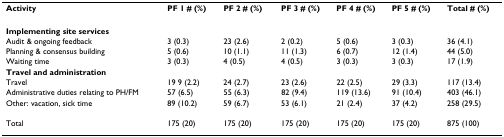
<table><thead><tr><td><b>Activity </b></td><td><b>PF 1 # (%)</b></td><td><b>PF 2 # (%)</b></td><td><b>PF 3 # (%)</b></td><td><b>PF 4 # (%)</b></td><td><b>PF 5 # (%)</b></td><td><b>Total # (%)</b></td></tr></thead><tbody><tr><td colspan="7"><b>Implementing site services</b></td></tr><tr><td>Audit &amp; ongoing feedback</td><td>3 (0.3)</td><td>23 (2.6)</td><td>2 (0.2)</td><td>5 (0.6)</td><td>3 (0.3)</td><td>36 (4.1)</td></tr><tr><td>Planning &amp; consensus building</td><td>5 (0.6)</td><td>10 (1.1)</td><td>11 (1.3)</td><td>6 (0.7)</td><td>12 (1.4)</td><td>44 (5.0)</td></tr><tr><td>Waiting time</td><td>3 (0.3)</td><td>4 (0.5)</td><td>4 (0.5)</td><td>3 (0.3)</td><td>3 (0.3)</td><td>17 (1.9)</td></tr><tr><td colspan="7"><b>Travel and administration</b></td></tr><tr><td>Travel</td><td>19 9 (2.2)</td><td>24 (2.7)</td><td>23 (2.6)</td><td>22 (2.5)</td><td>29 (3.3)</td><td>117 (13.4)</td></tr><tr><td>Administrative duties relating to PH/FM</td><td>57 (6.5)</td><td>55 (6.3)</td><td>82 (9.4)</td><td>119 (13.6)</td><td>91 (10.4)</td><td>403 (46.1)</td></tr><tr><td>Other: vacation, sick time</td><td>89 (10.2)</td><td>59 (6.7)</td><td>53 (6.1)</td><td>21 (2.4)</td><td>37 (4.2)</td><td>258 (29.5)</td></tr><tr><td>Total</td><td>175 (20)</td><td>175 (20)</td><td>175 (20)</td><td>175 (20)</td><td>175 (20)</td><td>875 (100)</td></tr></tbody></table>